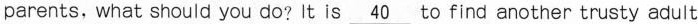
parents, what should you do? It is\underline{40} to find another trusty adult